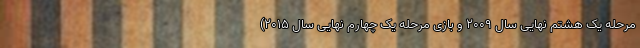
مرحله یک هشتم نهایی سال ۲۰۰۹ و بازی مرحله یک چهارم نهایی سال ۲۰۱۵)